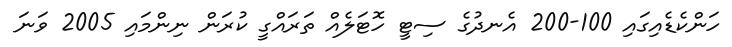
ހަންކެޑެއިގައި 100-200 އެނދުގެ ސިޓީ ހޮޓަލެއް ތަރައްގީ ކުރަން ނިންމައި 2005 ވަނަ